Insane asylums in Bengal annual reports 1867-1875 - 1867-1875
Year: 1867
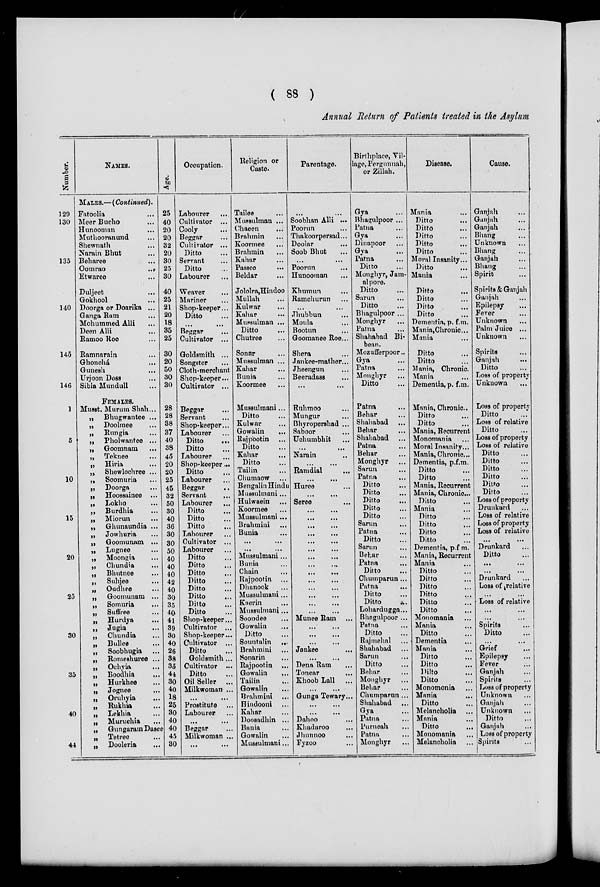
( 88 )
Annual Return of Patients treated in the Asylum
Number.
129
130
135
140
145
146
1
5
10
15
20
25
30
35
40
44
NAMES.
MALES.—(Continued).
Fatoolia ...
Meer Bucho ...
Hunooman ...
Muthooranund ...
Shewnath ...
Narain Bhut ...
Beharee ...
Oomrao
...
Etwaree ...
Duljeet ...
Gokhool ...
Doorga or Doarika ...
Ganga Ram ...
Mohammed Alli ...
Deen Alli ...
Ramoo Roe ...
Ramnarain ...
Ghonchá ...
Gunesh ...
Urjoon Doss ...
Sibla Mundull ...
FEMALES.
Musst. Murum Shah...
„ Bhugwantee ...
„ Doolmee ...
„ Rungia ...
„ Pholwantee ...
„ Goomnam ...
„ Teknee ...
„ Hiria ...
„ Shewlochree ...
„ Soomuria ...
„ Doorga ...
„ Hoossainee ...
„ Lokho ...
„ Burdhia ...
„ Miorun ...
„ Ghunaundia ...
„ Jowhuria ...
„ Goomunam ...
„ Lugnee ...
„ Moongia ...
„
Chundia ...
„ Bhutnee ...
„
Suhjee ...
„ Oudhee ...
„ Goomunam ...
„ Somuria ...
„ Suffree ...
„ Hurdya ...
„ Jugia ...
„ Chundia ...
„ Bullee ...
„
Soobhugia ...
„ Romeshuree ...
„
Ochyia ...
„ Boodhia ...
„ Hurkhee ...
„ Jognee ...
„ Oruhyia ...
„ Rukhia ...
„ Lekhia ...
„ Muruchia ...
„ Gungaram Dasee
„ Tetree ...
„ Dooleria ...
Age.
25
40
20
20
32
20
30
25
30
40
25
21
20
18
35
25
30
20
50
30
30
28
28
38
37
40
38
45
20
20
25
45
32
50
30
40
36
30
30
50
40
40
40
42
40
30
35
40
41
39
30
40
26
38
35
44
30
40
18
25
30
40
40
45
30
Occupation.
Labourer ...
Cultivator ...
Cooly ...
Beggar ...
Cultivator ...
Ditto ...
Servant ...
Ditto ...
Labourer ...
Weaver ...
Mariner ...
Shop-keeper...
Ditto ...
... ...
Beggar ...
Cultivator ...
Goldsmith ...
Songster ...
Cloth-merchant
Shop-keeper...
Cultivator ...
Beggar ...
Servant ...
Shop-keeper...
Labourer ...
Ditto
...
Ditto ...
Labourer ...
Shop-keeper...
Ditto ...
Labourer ...
Beggar ...
Servant ...
Labourer
...
Ditto ...
Ditto ...
Ditto ...
Labourer ...
Cultivator ...
Labourer ...
Ditto ...
Ditto ...
Ditto ...
Ditto ...
Ditto ...
Ditto ...
Ditto ...
Ditto ...
Shop-keeper...
Cultivator ...
Shop-keeper...
Cultivator ...
Ditto ...
Goldsmith ...
Cultivator ...
Ditto ...
Oil Seller ...
Milkwoman ...
...
...
Prostitute ...
Labourer
... ...
Beggar ...
Milkwoman ...
... ...
Religion or
Caste.
Tailee ...
Mussulman ...
Chaeen ...
Brahmin ...
Koormee ...
Brahmin ...
Kahar ...
Passee ...
Beldar ...
Jololra,Hindoo
Mullah ...
Kulwar ...
Kahar
...
Mussulman ...
Ditto ...
Chutree ...
Sonar ...
Mussulman ...
Kahar ...
Bunia ...
Koormee ...
Mussulmani...
Ditto ...
Kulwar ...
Gowalin
...
Rajpootin ...
Ditto ...
Kahar ...
Ditto ...
Tailin ...
Chumaow ...
Bengalin Hindu
Mussulmani ...
Hulwaein
Koormee ...
Mussulmani ...
Brahmini ...
Bunia ...
...
...
...
...
Mussulmani...
Bunia ...
Chain ...
Rajpootin ...
Dhanook ...
Mussulmani ...
Kaerin ...
Mussulmani ...
Soondee ...
Gowalin ...
Ditto ...
Sountalin ...
Brahmini ...
Sonarin ...
Rajpootin ...
Gowalin
...
Tailin ...
Gowalin ...
Brahmini ...
Hindooni ...
Kahar ...
Doosadhin ...
Bania ...
Gowalin ...
Mussulmani ...
Parentage.
... ...
Soobhan Alli ...
Poorun
Thakoorpersad...
Doolar
Soob Bhut
...
...
Poorun
Hunooman
Khumun
Ramchurun
...
...
Jhubbun
Moula
Bootun
Goomanee Roe...
Shera
Jankee-mather...
Jheengun
Beeradass
...
...
Ruhmoo ...
Mungur ...
Bhyropershad ...
Saboor ...
Uchumbhit ...
... ...
Narain ...
...
...
Ramdial ...
...
...
Huree ...
... ...
Seree ...
... ...
...
... ...
... ...
... ...
...
...
...
...
...
...
...
...
...
...
...
...
...
...
...
...
...
...
Munee Ram
... ...
... ...
... ...
Jankee ...
... ...
Dena Ram
...
Tonear ...
Khoob Lall ...
...
...
Gunga Tewary...
... ...
... ...
Dahoo ...
Khadaroo ...
Jhunnoo ...
Fyzoo ...
Birthplace, Vil-
lage, Pergunnah,
or Zillah.
Gya ...
Bhagulpoor ...
Patna
Gya
Dinapoor
Gya
Patna
Ditto
Monghyr, Jam-
alpore.
Ditto
Sarun
Ditto
Bhagulpoor ...
Monghyr
Patna
Shahabad Bi-
bean.
Mozufferpoor..
Gya
Patna
Monghyr
Ditto
Patna ...
Behar ...
Shahabad ...
Behar ...
Shahabad ...
Patna ...
Behar ...
Monghyr ...
Sarun ...
Patna ...
Ditto ...
Ditto ...
Ditto ...
Ditto ...
Ditto ...
Sarun ...
Patna ...
Ditto ...
Sarun ...
Behar ...
Patna ...
Ditto ...
Chumparun...
Patna ...
Ditto ...
Ditto
...
Lohardugga...
Bhagulpoor ...
Patna ...
Ditto ...
Rujmehal ...
Shahabad ...
Sarun ...
Ditto ...
Behar ...
Monghyr ...
Behar ...
Chumparun ...
Shahabad ...
Gya ...
Patna ...
Purneah ...
Patna ...
Monghyr ...
Disease.
Mania ...
Ditto ...
Ditto ...
Ditto ...
Ditto ...
Ditto ...
Moral Insanity...
Ditto ...
Mania ...
Ditto ...
Ditto ...
Ditto ...
Ditto ...
Dementia, p. f.m.
Mania,Chronic ...
Mania ...
Ditto ...
Ditto ...
Mania, Chronic.
Mania ...
Dementia, p. f.m.
Mania, Chronic..
Ditto ...
Ditto ...
Mania, Recurrent
Monomania ...
Moral Insanity...
Mania, Chronic ...
Dementia, p.f.m.
Ditto ...
Ditto ...
Mania, Recurrent ...
Mania, Chronic ...
Ditto ...
Mania ...
Ditto ...
Ditto ...
Ditto ...
Ditto ...
Dementia, p.f m.
Mania, Recurrent
Mania ...
Ditto ...
Ditto ...
Ditto ...
Ditto ...
Ditto ...
Ditto ...
Monomania ...
Mania ...
Ditto ...
Dementia ...
Mania ...
Ditto ...
Ditto ...
Ditto ...
Ditto ...
Monomonia ...
Mania ...
Ditto ...
Melancholia ...
Mania ...
Ditto ...
Monomania ...
Melancholia ...
Cause.
Ganjah ...
Ganjah ...
Ganjah ...
Bhang ...
Unknown ...
Bhang ...
Ganjah ...
Bhang ...
Spirit ...
Spirits & Ganjah
Ganjah ...
Epilepsy ...
Fever ...
Unknown ...
Palm Juice ...
Unknown ...
Spirits ...
Ganjah ...
Ditto ...
Loss of property
Unknown ...
Loss of property
Ditto ...
Loss of relative
Ditto ...
Loss of property
Loss of relative
Ditto ...
Ditto ...
Ditto ...
Ditto ...
Ditto ...
Ditto ...
Loss of property
Drunkard ...
Loss of relative
Loss of property
Loss of relative
...
...
Drunkard ...
Ditto ...
...
...
...
...
Drunkard ...
Loss of relative
...
...
Loss of relative
...
...
...
...
Spirits ...
Ditto ...
...
...
Grief ...
Epilepsy ...
Fever ...
Ganjah ...
Spirits ...
Loss of property
Unknown ...
Ganjah ...
Unknown ...
Ditto ...
Ganjah ...
Loss of property ...
Spirits ...